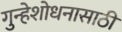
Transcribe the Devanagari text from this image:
गुन्हेशोधनासाठी